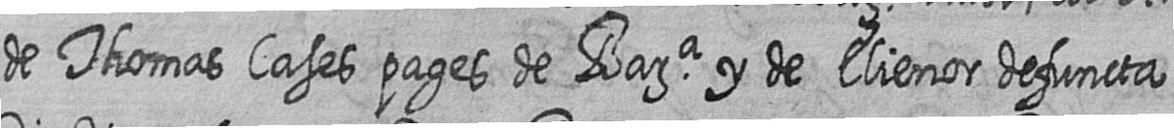
de Thomas Cases pages de Bara y de Elienor defuncta